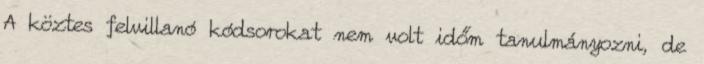
A köztes felvillanó kódsorokat nem volt időm tanulmányozni, de